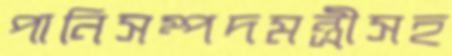
পানিসম্পদমন্ত্রীসহ